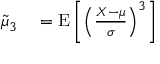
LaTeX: \begin{array} { r l } { { \tilde { \mu } } _ { 3 } } & { { } = \operatorname { E } \left[ \left( { \frac { X - \mu } { \sigma } } \right) ^ { 3 } \right] } \end{array}